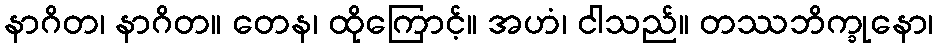
နာဂိတ၊ နာဂိတ။ တေန၊ ထိုကြောင့်။ အဟံ၊ ငါသည်။ တဿဘိက္ခုနော၊